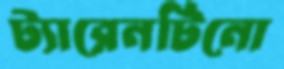
ট্যারেনটিনো